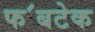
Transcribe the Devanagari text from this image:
फ॔बटेक